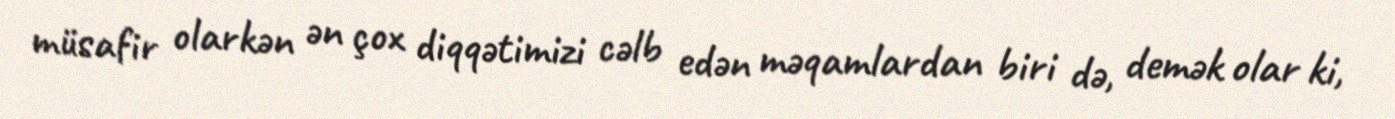
müsafir olarkən ən çox diqqətimizi cəlb edən məqamlardan biri də, demək olar ki,